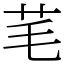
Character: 芼